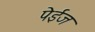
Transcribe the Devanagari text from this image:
पेईज